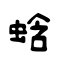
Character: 蛿